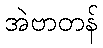
အဲဗာတန်